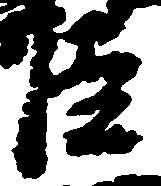
臣